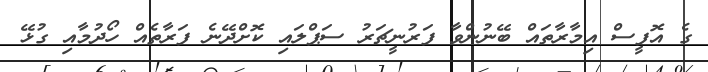
ގެ އޮފީސް އިމާރާތައް ބޭނުންވާ ފަރުނީޗަރު ސަޕްލައި ކޮށްދޭނެ ފަރާތެއް ހޯދުމާއި ގުޅޭ